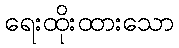
ရေးထိုးထားသော